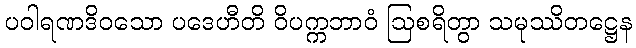
ပဝါရဏဒိဝသော ပဒေဟီတိ ဝိပက္ကဘာဝံ ဩစရိတွာ သမုဿိတဋ္ဌေန